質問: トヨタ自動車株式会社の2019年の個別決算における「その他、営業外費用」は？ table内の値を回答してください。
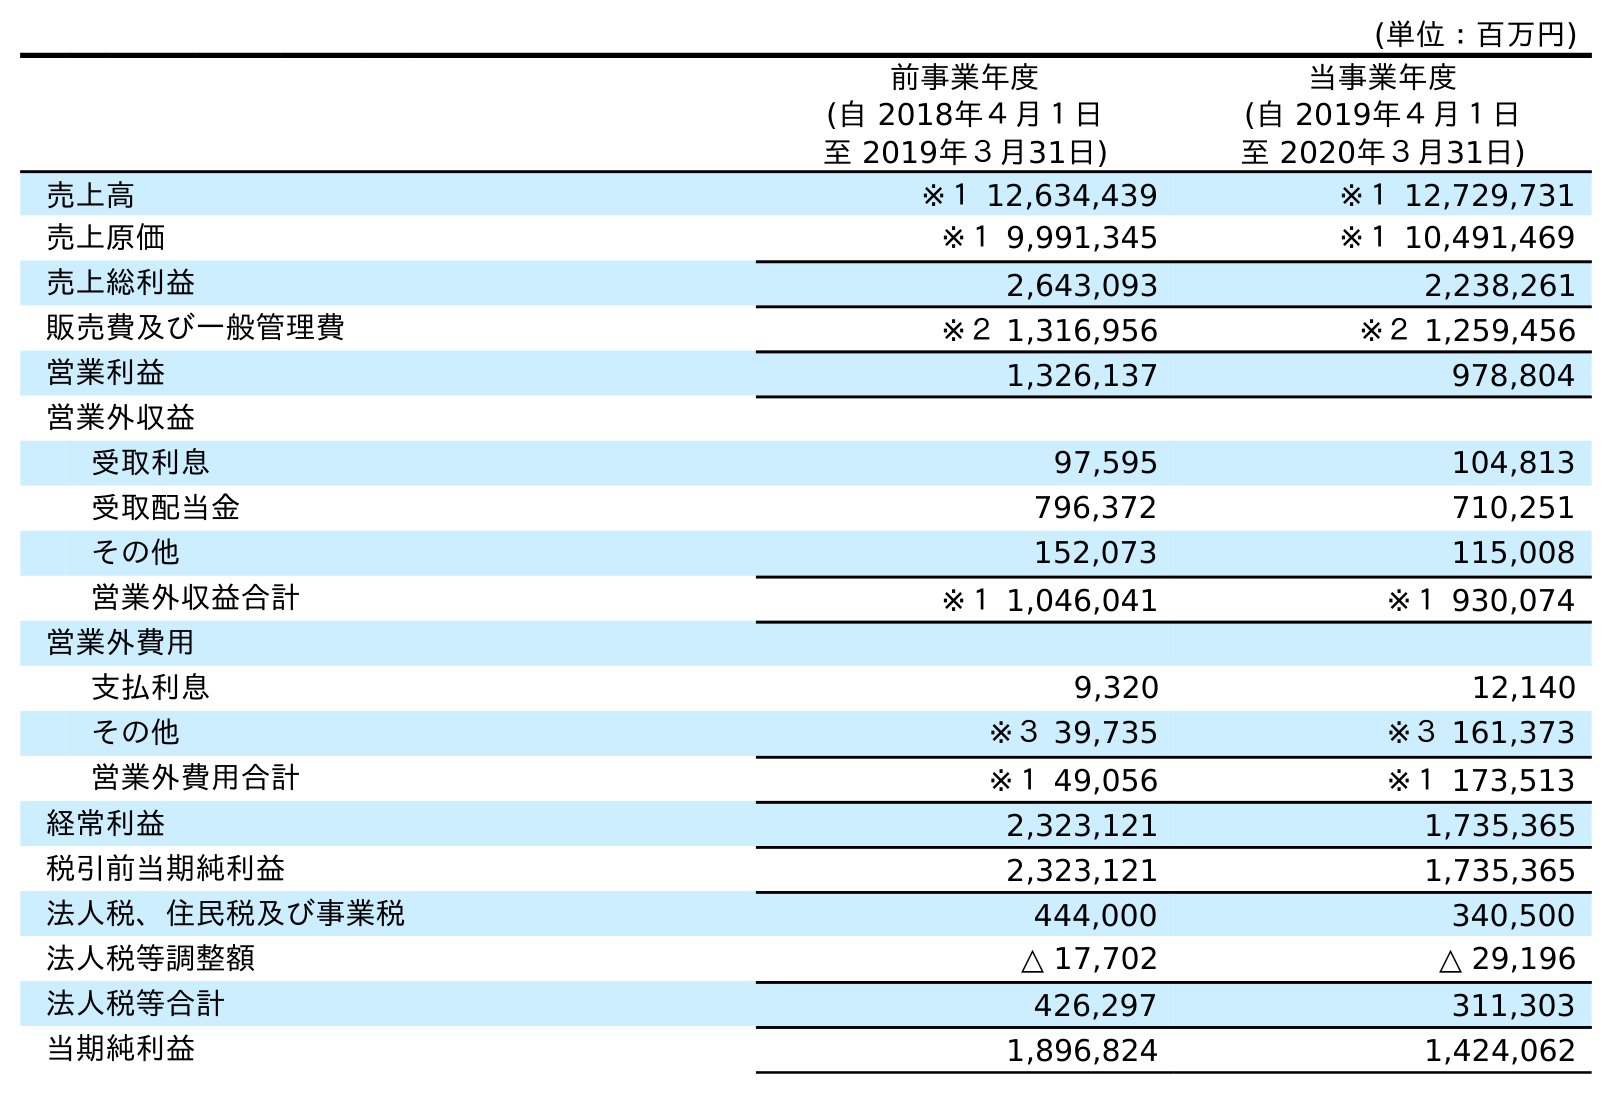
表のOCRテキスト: (単位：百万円) 前事業年度 (自 2018年４月１日 至 2019年３月31日) 当事業年度 (自 2019年４月１日 至 2020年３月31日) 売上高 ※１ 12,634,439 ※１ 12,729,731 売上原価 ※１ 9,991,345 ※１ 10,491,469 売上総利益 2,643,093 2,238,261 販売費及び一般管理費 ※２ 1,316,956 ※２ 1,259,456 営業利益 1,326,137 978,804 営業外収益 受取利息 97,595 104,813 受取配当金 796,372 710,251 その他 152,073 115,008 営業外収益合計 ※１ 1,046,041 ※１ 930,074 営業外費用 支払利息 9,320 12,140 その他 ※３ 39,735 ※３ 161,373 営業外費用合計 ※１ 49,056 ※１ 173,513 経常利益 2,323,121 1,735,365 税引前当期純利益 2,323,121 1,735,365 法人税、住民税及び事業税 444,000 340,500 法人税等調整額 △ 17,702 △ 29,196 法人税等合計 426,297 311,303 当期純利益 1,896,824 1,424,062
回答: ※３39,735